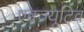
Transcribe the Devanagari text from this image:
एक्ज्यूटिव